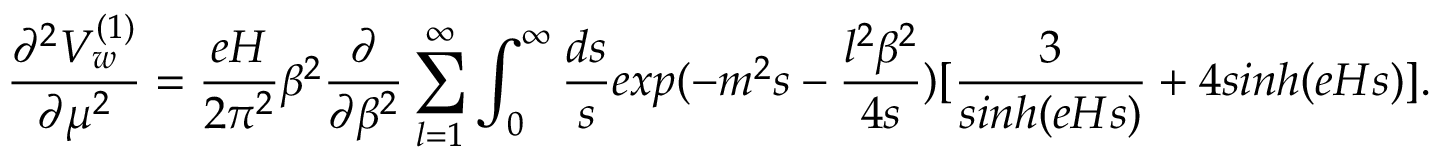
\frac { \partial ^ { 2 } V _ { w } ^ { ( 1 ) } } { \partial \mu ^ { 2 } } = \frac { e H } { 2 \pi ^ { 2 } } \beta ^ { 2 } \frac { \partial } { \partial \beta ^ { 2 } } \sum _ { l = 1 } ^ { \infty } \int _ { 0 } ^ { \infty } \frac { d s } { s } e x p ( - m ^ { 2 } s - \frac { l ^ { 2 } \beta ^ { 2 } } { 4 s } ) [ \frac { 3 } { s i n h ( e H s ) } + 4 s i n h ( e H s ) ] .